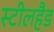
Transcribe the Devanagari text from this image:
स्टीलहैड